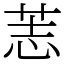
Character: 䓌